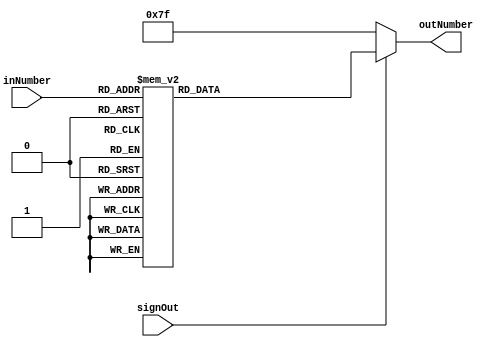
module Display(
	signOut		, 
	inNumber	,
	outNumber   ,
);

	input signOut;
	input[3:0] inNumber;
	
	output reg[6:0] outNumber;
	
	always@(*) begin
        if(signOut) begin
		    case(inNumber)
			    0: outNumber = 7'b0000001; //1
			    1: outNumber = 7'b1001111; //79
			    2: outNumber = 7'b0010010; //18
			    3: outNumber = 7'b0000110; //6
			    4: outNumber = 7'b1001100; //76
			    5: outNumber = 7'b0100100; //36
			    6: outNumber = 7'b0100000; //32
			    7: outNumber = 7'b0001101; //13
			    8: outNumber = 7'b0000000; //0
			    9: outNumber = 7'b0000100; //4
			    10: outNumber = 7'b1111110; //126
			    default: outNumber = 7'b1111111; //127
		    endcase
        end else
		  outNumber = 7'b1111111; //127
		  //end else
				//outNumber = 7'b1111111; //127
	end
	

endmodule